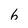
Character: 6